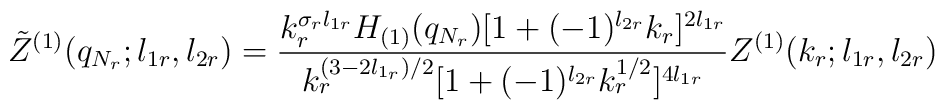
\tilde Z^{(1)}(q_{N_r};l_{1r},l_{2r})=\frac{k_r^{\sigma_rl_{1r}}H_{(1)}(q_{N_r})[1+(-1)^{l_{2r}}k_r]^{2l_{1r}}}{k_r^{(3-2l_{1_r})/2}[1+(-1)^{l_{2r}}k_r^{1/2}]^{4l_{1r}}}Z^{(1)}(k_r;l_{1r},l_{2r})